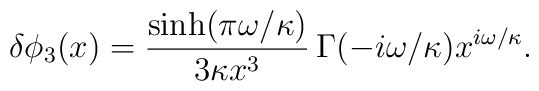
\delta \phi_3(x) = \frac{\sinh(\pi \omega/\kappa)}{3 \kappa x^3} \,\Gamma(-i \omega/\kappa) x^{i \omega/\kappa}.